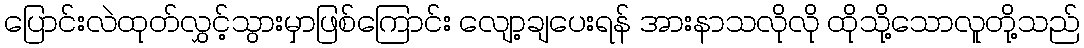
ပြောင်းလဲထုတ်လွှင့်သွားမှာဖြစ်ကြောင်း လျော့ချပေးရန် အားနာသလိုလို ထိုသို့သောလူတို့သည်